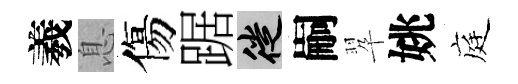
羲息傷踞徙嗣翆姚庭